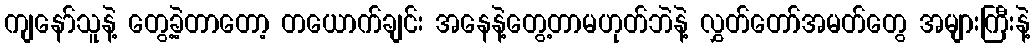
ကျနော်သူနဲ့ တွေ့ခဲ့တာတော့ တယောက်ချင်း အနေနဲ့တွေ့တာမဟုတ်ဘဲနဲ့ လွှတ်တော်အမတ်တွေ အများကြီးနဲ့